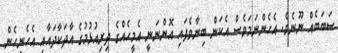
ސަބަބެއް ނޫނެވެ. އެހެންނަމަވެސް އެކަން ބިނާވެފައި އޮންނަނީ އެމީހެއްގެ ދިރިއުޅުމުގެ އާދަކާދައާއި އެހެނިހެން